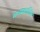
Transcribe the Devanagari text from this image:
मध्यकालिन